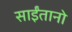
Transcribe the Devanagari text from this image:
साईंतानो